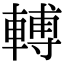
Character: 𨍭